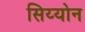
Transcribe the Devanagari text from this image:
सिय्योन